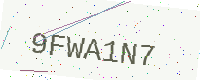
Text: 9FWA1N7